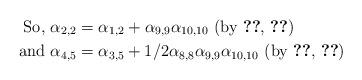
LaTeX: \begin{align*} \mbox{So, } \alpha_{2,2} &=\alpha_{1,2}+\alpha_{9,9}\alpha_{10,10} \mbox{ (by \ref{eqn17a}, \ref{eqn17b})} \\\mbox{and } \alpha_{4,5} &=\alpha_{3,5}+1/2\alpha_{8,8}\alpha_{9,9}\alpha_{10,10}\mbox{ (by \ref{eqn17a}, \ref{eqn17c})} \end{align*}